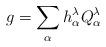
LaTeX: \begin{align*}g=\sum_{\alpha} h^\lambda_\alpha Q^\lambda_\alpha\end{align*}